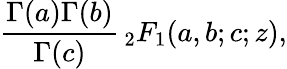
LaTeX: {\frac{\Gamma(a)\Gamma(b)}{\Gamma(c)}}\, _{2}F_{1}(a,b;c;z),